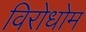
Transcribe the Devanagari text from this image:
विरोधोम